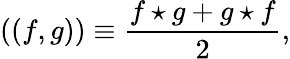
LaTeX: ((f,g))\equiv{\frac{f\star g+g\star f}{2}},